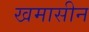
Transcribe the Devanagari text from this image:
खमासीन